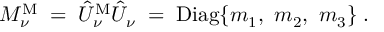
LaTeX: { \cal M } _ { \nu } ^ { \mathrm { M } } \; = \; \hat { U } _ { \nu } ^ { \mathrm { M } } \hat { U } _ { \nu } \; = \; \mathrm { D i a g } \{ m _ { 1 } , ~ m _ { 2 } , ~ m _ { 3 } \} \; .